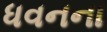
ધવનના